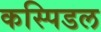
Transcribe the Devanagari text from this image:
कस्पिडल